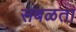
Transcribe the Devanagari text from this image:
सबळता